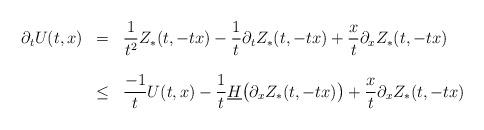
LaTeX: \begin{align*}\begin{array}{rcl}\partial_t U(t,x) &=& \displaystyle\frac{1}{t^2} Z_* (t,-tx) -\frac{1}{t} \partial_t Z_* (t,-tx)+\frac{x}{t} \partial_x Z_* (t,-tx) \\&&\\&\leq &\displaystyle\frac{-1}{t} U(t,x) -\frac{1}{t}\underline{H}\big(\partial_x Z_* (t,-tx)\big)+\frac{x}{t} \partial_x Z_* (t,-tx) \\\end{array}\end{align*}